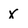
Character: X